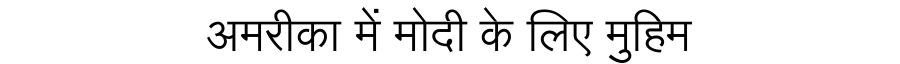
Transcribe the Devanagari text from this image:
अमरीका में मोदी के लिए मुहिम